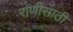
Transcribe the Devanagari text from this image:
राणीसाठी